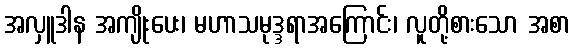
အလှူဒါန အကျိုးပေး၊ မဟာသမုဒ္ဒရာအကြောင်း၊ လူတို့စားသော အစာ